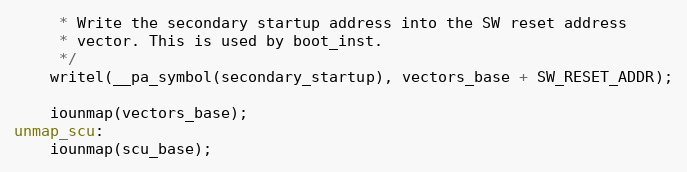
Language: C
	 * Write the secondary startup address into the SW reset address
	 * vector. This is used by boot_inst.
	 */
	writel(__pa_symbol(secondary_startup), vectors_base + SW_RESET_ADDR);

	iounmap(vectors_base);
unmap_scu:
	iounmap(scu_base);